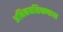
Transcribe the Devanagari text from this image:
अभिनयशिक्षणाचा